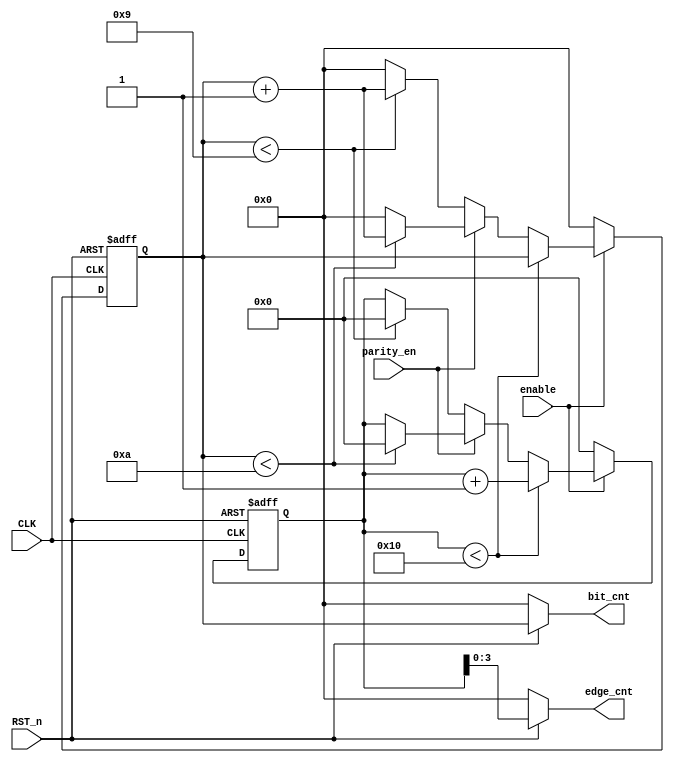
module edge_bit_counter #(parameter PRESCALE = 'd16)(

input  CLK                ,
input  RST_n              ,
input  parity_en          ,
input  enable  			      ,

output  [3 : 0]   bit_cnt  ,
output  [$clog2(PRESCALE) - 1 : 0] edge_cnt

);


reg [$clog2(PRESCALE) : 0] Edge_Counter ;
reg [3 : 0] Bit_Counter ;


assign bit_cnt   = (RST_n) ? Bit_Counter   : 1'b0  ;
assign edge_cnt  = (RST_n) ? Edge_Counter  : 1'b0  ; 

always @(posedge CLK or negedge RST_n)
begin
	
	if (!RST_n) 
	begin
		Bit_Counter   <= 1'b0 ;
		Edge_Counter  <= 1'b0 ;
	end


	else if(enable)
	begin
	    
	    if(Edge_Counter < PRESCALE)
	     begin
       //Bit_Counter  <= 1'b0 ;                     // CHECK THAT IF THERE IS AN ERROR
		   Edge_Counter <= Edge_Counter + 1'b1 ;
	     end
	
        else 
        begin

            //Edge_Counter  <= 0;
              
            if(parity_en)
            begin
              if(Bit_Counter < 'd10) begin 
              Bit_Counter <= Bit_Counter + 1'b1 ;
              Edge_Counter <= 0 ;
              end 
              else Bit_Counter <= 0 ;
            end
              
            else
            begin
              if(Bit_Counter < 'd9) begin
               	Bit_Counter <= Bit_Counter + 1'b1 ; 
                Edge_Counter <= 0 ;   
               end
              else Bit_Counter <= 0 ;
            end
        end
	end

 else begin
  Bit_Counter   <= 1'b0 ;
	Edge_Counter  <= 1'b0 ;
 end


end

endmodule




///////////////////////////////////////////////////////////////////////////
///////////////////////////////////////////////////////////////////////////
///////////////////////////////////////////////////////////////////////////


module edge_bit_counter_tb;

parameter PRESCALE = 'd16;
parameter PERIOD_CLK = 5;

reg  CLK                ;
reg  RST_n              ;
reg  parity_en          ;
reg  enable  			      ;
   
wire [3:0] bit_cnt      ;
wire [$clog2(PRESCALE) - 1 : 0] edge_cnt;

always #(PERIOD_CLK / 2) CLK = ~ CLK ;



edge_bit_counter dut (.CLK(CLK) , .RST_n(RST_n) ,.parity_en(parity_en) ,.enable(enable) ,.bit_cnt(bit_cnt) ,.edge_cnt(edge_cnt));


initial begin
CLK  = 0;
parity_en = 0;
enable = 0;

RST_n = 0;
#(2 * PERIOD_CLK);
RST_n = 1;

parity_en = 1;
enable = 1;

#(200 * PERIOD_CLK);
parity_en = 0;
#(200 * PERIOD_CLK);

$stop;
end



endmodule